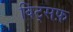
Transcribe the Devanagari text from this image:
विट्सफ़